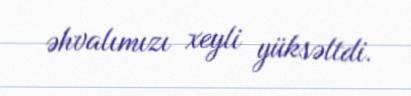
əhvalımızı xeyli yüksəltdi.